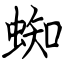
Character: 蜘